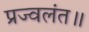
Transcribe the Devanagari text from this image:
प्रज्वलंत॥